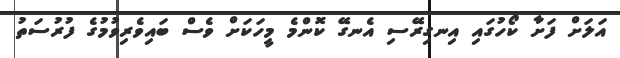
އަލަށް ފަށާ ކޯހުގައި އިނގިރޭސި އެނގޭ ކޮންމެ މީހަކަށް ވެސް ބައިވެރިވުމުގެ ފުރުސަތު